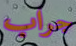
جراب